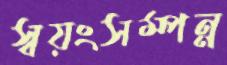
স্বয়ংসম্পন্ন